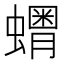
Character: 𧒞